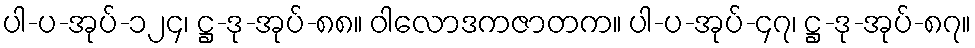
ပါ-ပ-အုပ်-၁၂၄၊ ဋ္ဌ-ဒု-အုပ်-၈၈။ ဝါလောဒကဇာတက။ ပါ-ပ-အုပ်-၄၇၊ ဋ္ဌ-ဒု-အုပ်-၈၇။